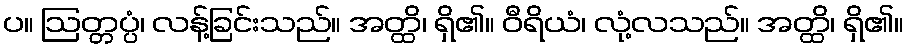
ပ။ ဩတ္တပ္ပံ၊ လန့်ခြင်းသည်။ အတ္ထိ၊ ရှိ၏။ ဝီရိယံ၊ လုံ့လသည်။ အတ္ထိ၊ ရှိ၏။